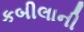
કબીલાની